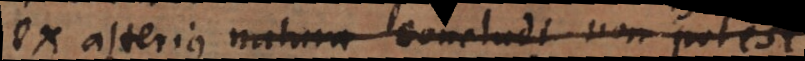
ex alterius natura concludi non potest